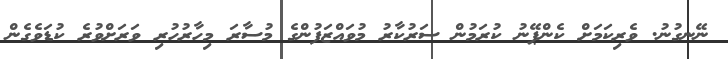
ނޭނގުނު. ވެރިކަމަށް ކެންޕޭނު ކުރަމުން ސަރުކާރު މުވައްޒަފުންގެ މުސާރަ މިހާރުހުރި ވަރަށްވުރެ ކުޑަވެގެން